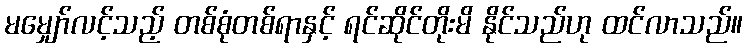
မမျှော်လင့်သည့် တစ်စုံတစ်ရာနှင့် ရင်ဆိုင်တိုးမိ နိုင်သည်ဟု ထင်လာသည်။